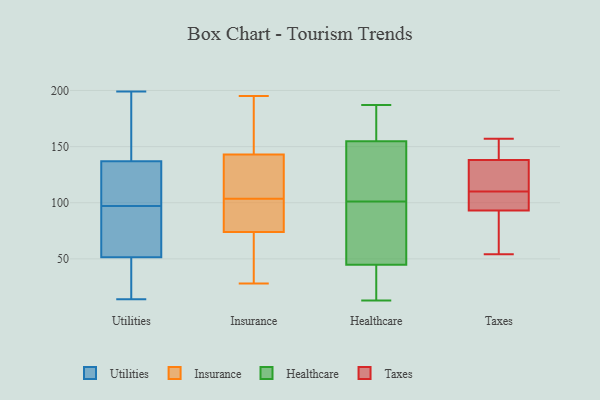
{"axis": {"x": "Operating Costs (USD K)", "y": "Value"}, "legend": ["Healthcare", "Insurance", "Taxes", "Utilities"], "data": [{"x": "", "y": 44, "type": "Utilities"}, {"x": "", "y": 199, "type": "Utilities"}, {"x": "", "y": 135, "type": "Utilities"}, {"x": "", "y": 162, "type": "Utilities"}, {"x": "", "y": 41, "type": "Utilities"}, {"x": "", "y": 95, "type": "Utilities"}, {"x": "", "y": 59, "type": "Utilities"}, {"x": "", "y": 14, "type": "Utilities"}, {"x": "", "y": 139, "type": "Utilities"}, {"x": "", "y": 99, "type": "Utilities"}, {"x": "", "y": 72, "type": "Utilities"}, {"x": "", "y": 120, "type": "Utilities"}, {"x": "", "y": 107, "type": "Insurance"}, {"x": "", "y": 96, "type": "Insurance"}, {"x": "", "y": 143, "type": "Insurance"}, {"x": "", "y": 74, "type": "Insurance"}, {"x": "", "y": 150, "type": "Insurance"}, {"x": "", "y": 160, "type": "Insurance"}, {"x": "", "y": 66, "type": "Insurance"}, {"x": "", "y": 28, "type": "Insurance"}, {"x": "", "y": 40, "type": "Insurance"}, {"x": "", "y": 90, "type": "Insurance"}, {"x": "", "y": 46, "type": "Insurance"}, {"x": "", "y": 195, "type": "Insurance"}, {"x": "", "y": 114, "type": "Insurance"}, {"x": "", "y": 100, "type": "Insurance"}, {"x": "", "y": 172, "type": "Insurance"}, {"x": "", "y": 137, "type": "Insurance"}, {"x": "", "y": 92, "type": "Insurance"}, {"x": "", "y": 111, "type": "Insurance"}, {"x": "", "y": 77, "type": "Healthcare"}, {"x": "", "y": 166, "type": "Healthcare"}, {"x": "", "y": 52, "type": "Healthcare"}, {"x": "", "y": 28, "type": "Healthcare"}, {"x": "", "y": 94, "type": "Healthcare"}, {"x": "", "y": 140, "type": "Healthcare"}, {"x": "", "y": 102, "type": "Healthcare"}, {"x": "", "y": 155, "type": "Healthcare"}, {"x": "", "y": 13, "type": "Healthcare"}, {"x": "", "y": 171, "type": "Healthcare"}, {"x": "", "y": 154, "type": "Healthcare"}, {"x": "", "y": 39, "type": "Healthcare"}, {"x": "", "y": 50, "type": "Healthcare"}, {"x": "", "y": 112, "type": "Healthcare"}, {"x": "", "y": 171, "type": "Healthcare"}, {"x": "", "y": 43, "type": "Healthcare"}, {"x": "", "y": 101, "type": "Healthcare"}, {"x": "", "y": 187, "type": "Healthcare"}, {"x": "", "y": 19, "type": "Healthcare"}, {"x": "", "y": 93, "type": "Taxes"}, {"x": "", "y": 110, "type": "Taxes"}, {"x": "", "y": 110, "type": "Taxes"}, {"x": "", "y": 111, "type": "Taxes"}, {"x": "", "y": 54, "type": "Taxes"}, {"x": "", "y": 138, "type": "Taxes"}, {"x": "", "y": 157, "type": "Taxes"}, {"x": "", "y": 98, "type": "Taxes"}, {"x": "", "y": 155, "type": "Taxes"}, {"x": "", "y": 92, "type": "Taxes"}]}